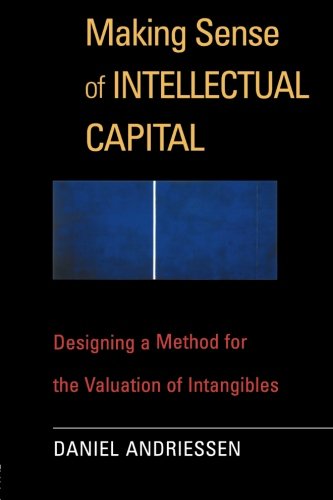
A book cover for Making Sense of Intellectual Capital; Daniel Andriessen; Business & Money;